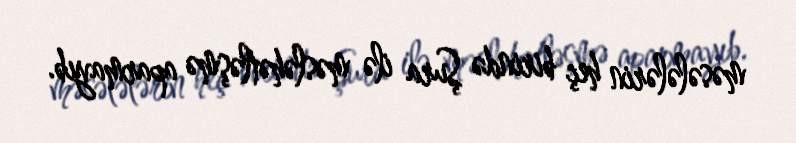
məsələlərin heç birində Şura ilə məsləhətləşmə aparmayıb.